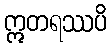
ဣတရဿပိ